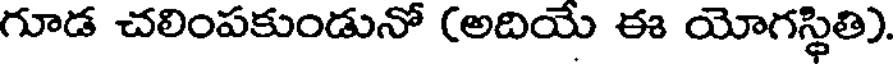
గూడ చలింపకుండునో (అదియే ఈ యోగస్థితి).